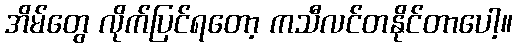
အိမ်တွေ လိုက်ပြင်ရတော့ ကသီလင်တနိုင်တာပေါ့။